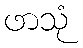
ဖာသုံ